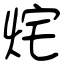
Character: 烢